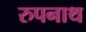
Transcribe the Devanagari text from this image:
रुपनाथ